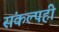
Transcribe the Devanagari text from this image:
संकल्पही